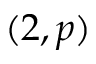
( 2 , p )